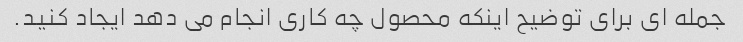
جمله ای برای توضیح اینکه محصول چه کاری انجام می دهد ایجاد کنید.